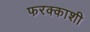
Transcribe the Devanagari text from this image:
फरक्काशी